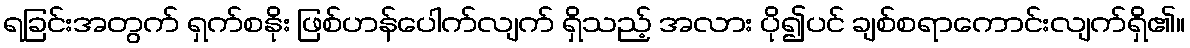
ရခြင်းအတွက် ရှက်စနိုး ဖြစ်ဟန်ပေါက်လျက် ရှိသည့် အလား ပို၍ပင် ချစ်စရာကောင်းလျက်ရှိ၏။